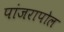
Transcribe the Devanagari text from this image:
पांजरापोल